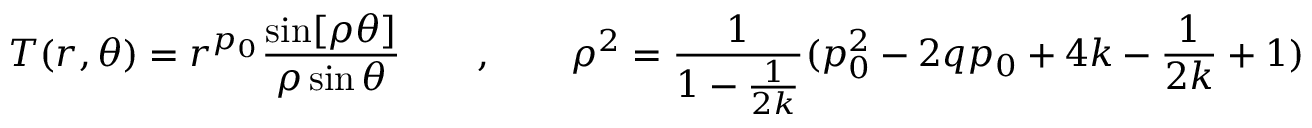
T ( r , \theta ) = r ^ { p _ { 0 } } \frac { \sin [ \rho \theta ] } { \rho \sin \theta } \qquad , \qquad \rho ^ { 2 } = \frac { 1 } { 1 - \frac { 1 } { 2 k } } ( p _ { 0 } ^ { 2 } - 2 q p _ { 0 } + 4 k - \frac { 1 } { 2 k } + 1 )